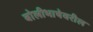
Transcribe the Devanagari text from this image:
बोलीभाषेवरील